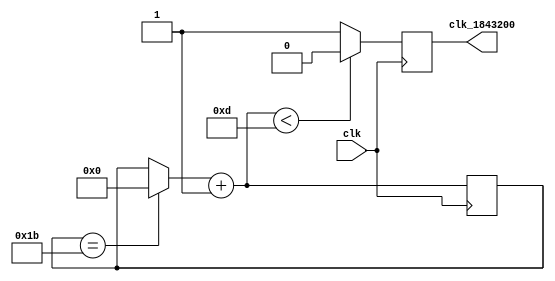
`timescale 1ns / 1ps
//////////////////////////////////////////////////////////////////////////////////
// Company: 
// Engineer: 
// 
// Design Name: 
// Module Name:    clk_receptor 
// Project Name: 
// Target Devices: 
// Tool versions: 
// Description: 
//
// Dependencies: 
//
// Revision: 
// Revision 0.01 - File Created
// Additional Comments: 
//
//////////////////////////////////////////////////////////////////////////////////
module clk_receptor( input wire clk, output wire clk_1843200 );

	reg [31:0]contador =0 ;
	reg estado=0;
 
	always@(posedge clk) begin	
		if(contador == 31'd27) begin
			contador = 31'd0;
		end

		contador = contador + 1'd1;
		
		if(contador < 32'd13) begin
			estado <= 1'd0;
		end else begin
			estado <= 1'd1;
		end
	end
	assign clk_1843200 = estado;
endmodule